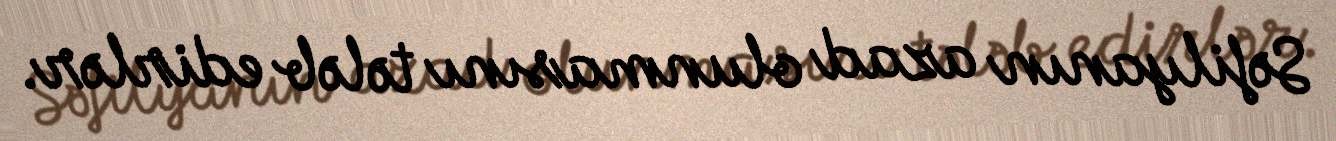
Səfilyanın azad olunmasını tələb edirlər.